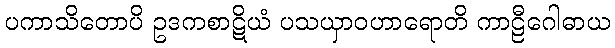
ပကာသိတောပိ ဥဒကစာဋိယံ ပသယှာဝဟာရောတိ ကာဠီဂေါဓာယ